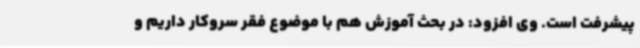
پیشرفت است. وی افزود: در بحث آموزش هم با موضوع فقر سروکار داریم و